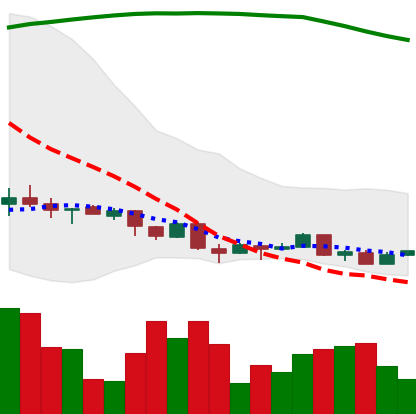
Ticker: XMR-USD
Chart end date: 2018-04-08
Forward return: 8.562%
Label: up_7plus